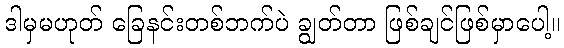
ဒါမှမဟုတ် ခြေနင်းတစ်ဘက်ပဲ ချွတ်တာ ဖြစ်ချင်ဖြစ်မှာပေါ့။